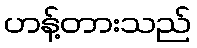
ဟန့်တားသည်